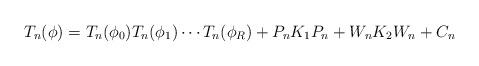
LaTeX: \begin{align*}T_n(\phi)=T_n(\phi_0)T_n(\phi_1)\cdots T_n(\phi_R) + P_nK_1P_n+W_nK_2W_n +C_n\end{align*}